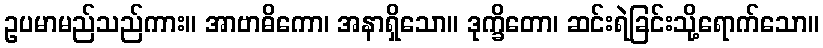
ဥပမာမည်သည်ကား။ အာဗာဓိကော၊ အနာရှိသော။ ဒုက္ခိတော၊ ဆင်းရဲခြင်းသို့ရောက်သော။